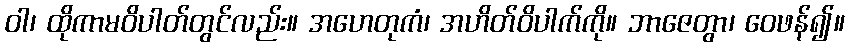
ဝါ၊ ထိုကာမဝိပါတ်တွင်လည်း။ အဟေတုကံ၊ အဟိတ်ဝိပါက်ကို။ ဘာဇေတွာ၊ ဝေဖန်၍။